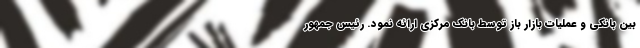
بین بانکی و عملیات بازار باز توسط بانک مرکزی ارائه نمود. رئیس جمهور